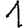
Digit: 1